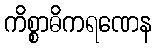
ကိစ္စာဓိကရဏေန